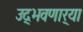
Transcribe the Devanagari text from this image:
उद्‌भवणार्‍या